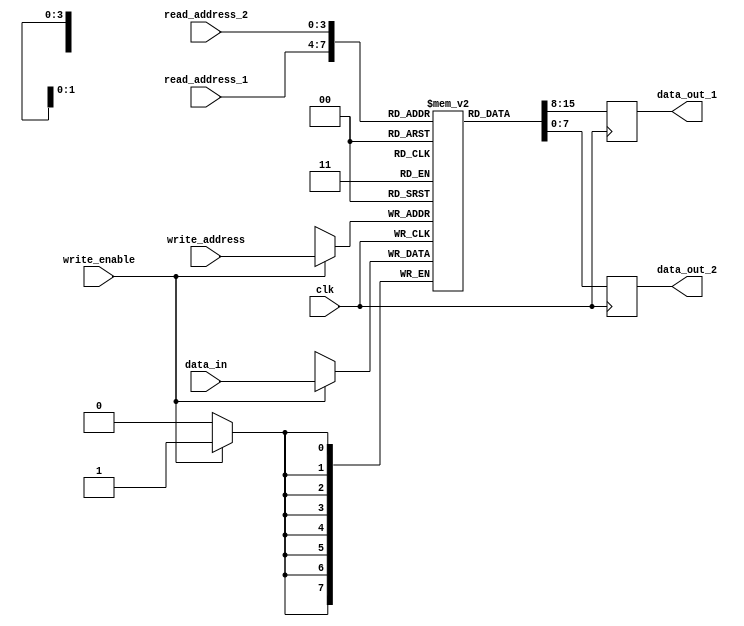
module MemoryBlockPipelined(
    input wire clk,
    input wire [7:0] data_in,
    input wire [3:0] read_address_1,
    input wire [3:0] read_address_2,
    input wire [3:0] write_address,
    input wire write_enable,
    output reg [7:0] data_out_1,
    output reg [7:0] data_out_2
);

reg [7:0] memory [15:0];

always @(posedge clk) begin
    if(write_enable) begin
        memory[write_address] <= data_in;
    end
    data_out_1 <= memory[read_address_1];
    data_out_2 <= memory[read_address_2];
end

endmodule